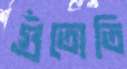
গুঁতোতি